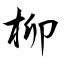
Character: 柳